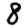
Digit: 8